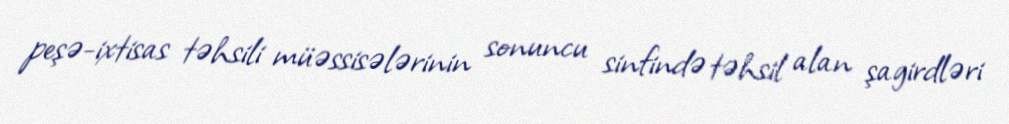
peşə-ixtisas təhsili müəssisələrinin sonuncu sinfində təhsil alan şagirdləri